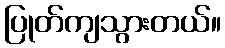
ပြုတ်ကျသွားတယ်။